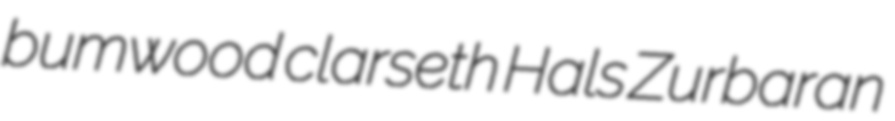
bumwood clarseth Hals Zurbaran